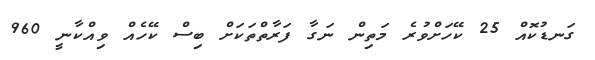
ގަނޑުކޮއް 25 ކޭހަށްވުރެ މަތިން ނަގާ ފަރާތްތަކަށް ބިސް ކޭހެއް ވިއްކާނީ 960